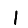
Digit: 1